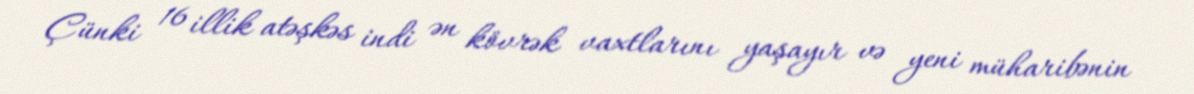
Çünki 16 illik atəşkəs indi ən kövrək vaxtlarını yaşayır və yeni müharibənin